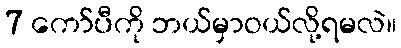
7 ကော်ပီကို ဘယ်မှာဝယ်လို့ရမလဲ။